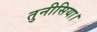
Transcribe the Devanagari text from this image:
तुनीसिया।